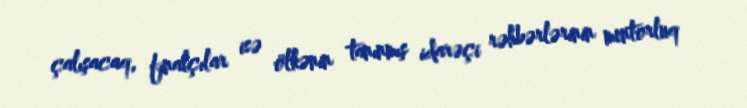
çalışacaq, finalçılar isə ölkənin tanınmış idarəçi rəhbərlərinin mentorluq